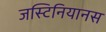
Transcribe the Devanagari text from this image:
जस्टिनियानस